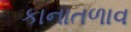
કાનાતળાવ